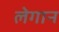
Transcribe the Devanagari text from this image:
लेगान